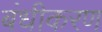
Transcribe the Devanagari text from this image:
बंधीकरण